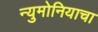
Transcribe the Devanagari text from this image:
न्युमोनियाचा